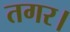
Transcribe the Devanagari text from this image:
तगर।